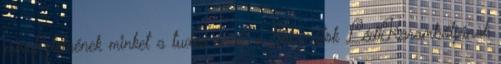
mivel etetnének minket a tudós urak, a Jóbarátok LédiKarambóljának